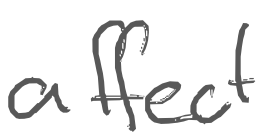
Text: affect
Cross-out: clean
Writing tool: digital_gray